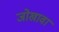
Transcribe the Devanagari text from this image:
जोखावा